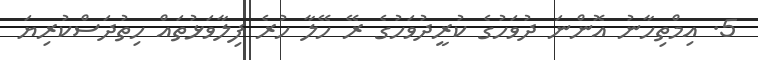
5. އިމްތިހާނު އޮންނަ ދުވަހުގެ ކުރީދުވަހުގެ ރޭ ހޭލާ ހުރެ ފިލާވަޅުތައް ހިތުދަސްކުރިޔަ